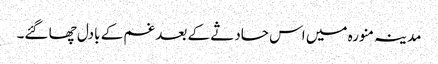
مدینہ منورہ میں اس حادثے کے بعد غم کے بادل چھا گئے۔